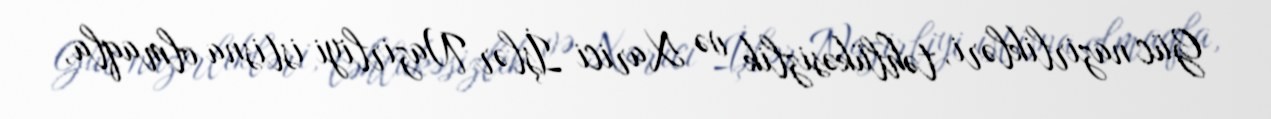
Güc nazirlikləri, təhlükəsizlik və Xarici İşlər Nazirliyi istisna olmaqla,